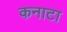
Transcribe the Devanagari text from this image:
कनाटा